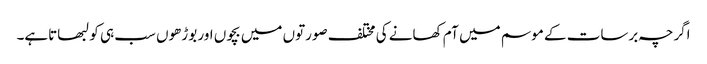
اگرچہ برسات کے موسم میں آم کھانے کی مختلف صورتوں میں بچوں اور بوڑھوں سب ہی کو لبھاتاہے۔